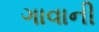
ગાવાની